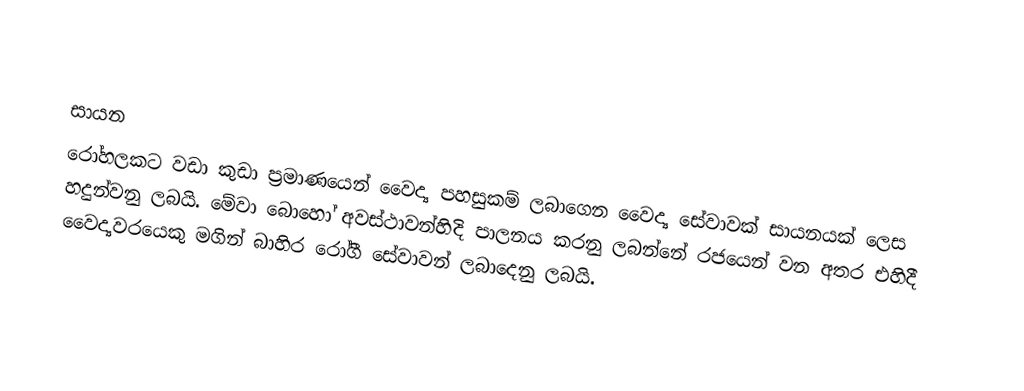

සායන
රෝහලකට වඩා කුඩා ප්‍රමාණයෙන් වෛද්‍ය පහසුකම් ලබාගෙන වෛද්‍ය සේවාවක් සායනයක් ලෙස හදුන්වනු ලබයි. මේවා බොහෝ අවස්ථාවන්හිදි පාලනය කරනු ලබන්නේ රජයෙන් වන අතර එහිදී වෛද්‍යවරයෙකු මගින් බාහිර රෝගී සේවාවන් ලබාදෙනු ලබයි.